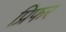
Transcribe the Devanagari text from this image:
प्रिफर